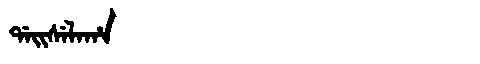
Manchu: ᡩᠠᡳᠰᡝᠯᠠᡥᠠ
Romanization: DAISELAHA